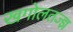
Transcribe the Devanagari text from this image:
खगोलतज्ज्ञ